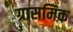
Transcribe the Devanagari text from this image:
ग्रासमिक